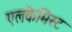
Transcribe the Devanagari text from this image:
एलकेमिस्ट